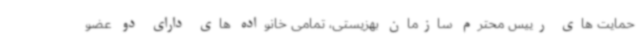
حمایت های رییس محترم سازمان بهزیستی، تمامی خانواده های دارای دو عضو